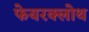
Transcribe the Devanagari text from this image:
फेयरक्लोथ